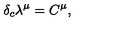
\delta _ { c } \lambda ^ { \mu } = C ^ { \mu } ,